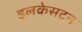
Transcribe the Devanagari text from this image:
इलकेसटन